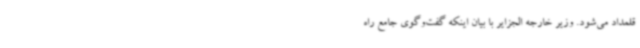
قلمداد می‌شود. وزیر خارجه الجزایر با بیان اینکه گفت‌وگوی جامع راه